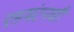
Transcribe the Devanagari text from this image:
एडमंटनची